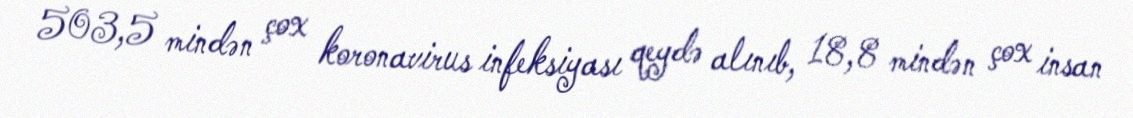
503,5 mindən çox koronavirus infeksiyası qeydə alınıb, 18,8 mindən çox insan